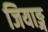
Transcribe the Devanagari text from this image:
जियाङ्ग